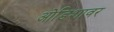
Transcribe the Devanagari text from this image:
ओडिशावर